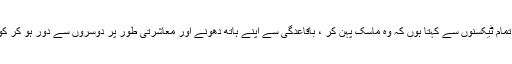
“میں تمام ٹیکسنوں سے کہتا ہوں کہ وہ ماسک پہن کر ، باقاعدگی سے اپنے ہاتھ دھونے اور معاشرتی طور پر دوسروں سے دور ہو کر کوویڈ ۔